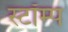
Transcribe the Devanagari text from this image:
स्टॉम्प